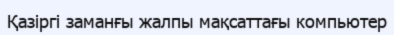
Қазіргі заманғы жалпы мақсаттағы компьютер